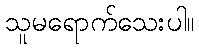
သူမရောက်သေးပါ။